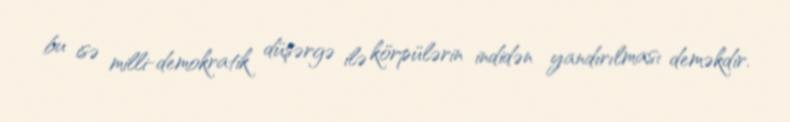
bu isə milli-demokratik düşərgə ilə körpülərin indidən yandırılması deməkdir.